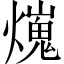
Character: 𤐜